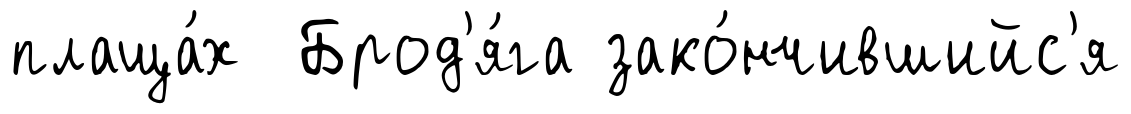
плаща́х Брод'я́га зако́нчившийс'я